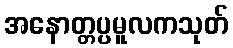
အနောတ္တပ္ပမူလကသုတ်